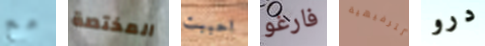
مع المختصة احببت فارغو الترفيهية درو